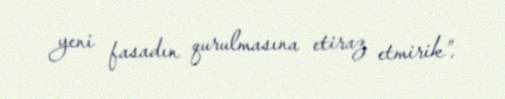
yeni fasadın qurulmasına etiraz etmirik”.